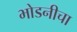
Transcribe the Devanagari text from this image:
भोडनीचा